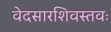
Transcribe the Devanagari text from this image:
वेदसारशिवस्तवः